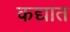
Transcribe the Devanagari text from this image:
कद्यात